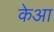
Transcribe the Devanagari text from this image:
केआ